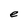
Character: e